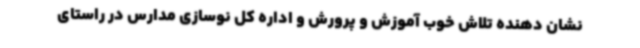
نشان دهنده تلاش خوب آموزش و پرورش و اداره کل نوسازی مدارس در راستای